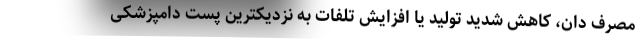
مصرف دان، کاهش شدید تولید یا افزایش تلفات به نزدیکترین پست دامپزشکی